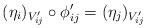
LaTeX: \begin{align*}(\eta_i)_{V'_{ij}} \circ \phi'_{ij} = (\eta_j)_{V'_{ij}}\end{align*}